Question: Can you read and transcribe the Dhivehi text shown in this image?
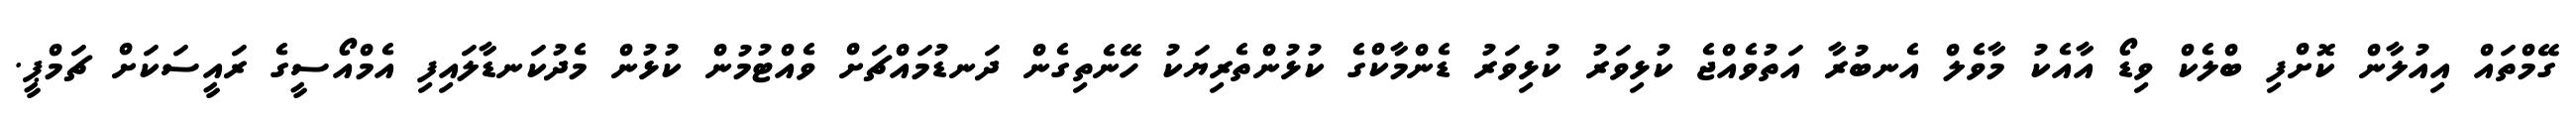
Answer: ގޭމްތައް އިއުލާން ކޮށްފި ބްލެކް ވިޑޯ އާއެކު މާވެލް އެނބުރާ އަތުވެއްޖެ ކުޅިވަރު ކުޅިވަރު ޑެންމާކްގެ ކުޅުންތެރިޔަކު ހޭނެތިގެން ދަނޑުމައްޗަށް ވެއްޓުމުން ކުޅުން މެދުކަނޑާލައިފި އެމްއޯސީގެ ރައީސަކަށް ޗަމްޕީ.